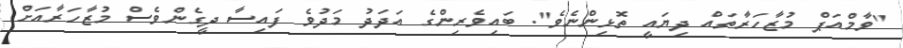
"ވާމްއަޕް މުޒާހަރާތައް ދިޔައީ ތޮޅިންނެވެ". ބައިވެރިންގެ އަދަދު މަދުވެ ފައިސާ ދީގެންވެސް މުޒާހަރާއަށް